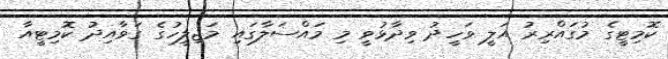
ކޮމިޓީގެ މުގައްރިރު އަލީ ވަހީދު ވިދާޅުވީ މި މައްސަލާގައި މަޖިލީހުގެ ގަވާއިދު ކޮމިޓީއާ